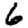
Digit: 6